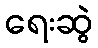
ရေးဆွဲ